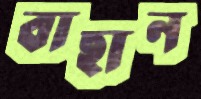
বাছান